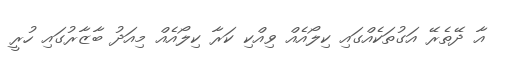
އާ ދޭތެރޭ އަގުތަކެއްގައި ކިލޯއެއް ވިއްކި ކަރާ ކިލޯއެއް މިއަދު ބާޒާރުގައި ހުރީ